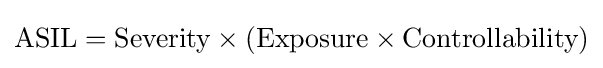
{\text{ASIL}}={\text{Severity}}\times ({\text{Exposure}}\times {\text{Controllability}})